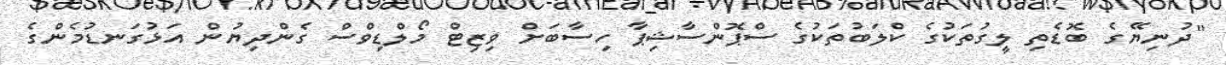
"ދުނިޔޭގެ ބޮޑެތި ލީގުތަކުގެ ކްލަބުތަކުގެ ސްޕޮންސާޝިޕާ ހިސާބަށް ވިޒިޓް މޯލްޑިވްސް ގެންދިޔުން އަޅުގަނޑުމެންގެ